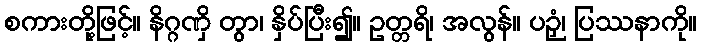
စကားတို့ဖြင့်။ နိဂ္ဂဏှိ တွာ၊ နှိပ်ပြီး၍။ ဥတ္တရိ၊ အလွန်။ ပဉှံ၊ ပြဿနာကို။